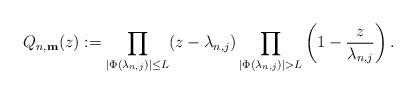
LaTeX: \begin{align*}Q_{n,\textup{\textbf{m}}}(z):=\prod_{|\Phi(\lambda_{n,j})|\leq L} (z-\lambda_{n,j}) \prod_{|\Phi(\lambda_{n,j})|> L} \left(1-\frac{z}{\lambda_{n,j}}\right).\end{align*}